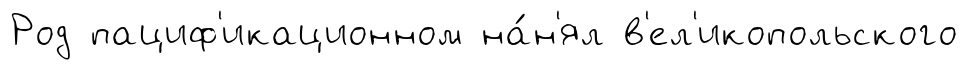
Род пациф'икационном на́н'ял в'ел'икопольского